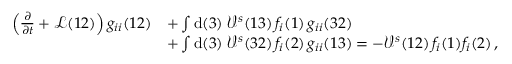
\begin{array} { r l } { \left( \frac { \partial } { \partial t } + \mathcal { L } ( 1 2 ) \right) g _ { i i } ( 1 2 ) } & { + \int \mathrm { d } ( 3 ) \; \mathcal { V } ^ { s } ( 1 3 ) \, f _ { i } ( 1 ) \, g _ { i i } ( 3 2 ) } \\ & { + \int \mathrm { d } ( 3 ) \; \mathcal { V } ^ { s } ( 3 2 ) \, f _ { i } ( 2 ) \, g _ { i i } ( 1 3 ) = - \mathcal { V } ^ { s } ( 1 2 ) \, f _ { i } ( 1 ) f _ { i } ( 2 ) \, , } \end{array}